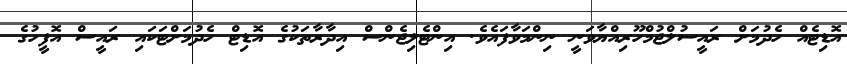
އޮޑިޓެއް ހެދުމަށް ރައީސުލްޖުމްހޫރިއްޔާވަނީ ނިންމަވާފައެވެ. އިންޓެލިޖެންސް އިދާރާތަކުގެ އޮޑިޓް ހެދުމަށްޓަކައި ރައީސް އޮފީހުގެ